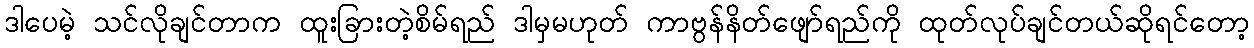
ဒါပေမဲ့ သင်လိုချင်တာက ထူးခြားတဲ့စိမ်ရည် ဒါမှမဟုတ် ကာဗွန်နိတ်ဖျော်ရည်ကို ထုတ်လုပ်ချင်တယ်ဆိုရင်တော့